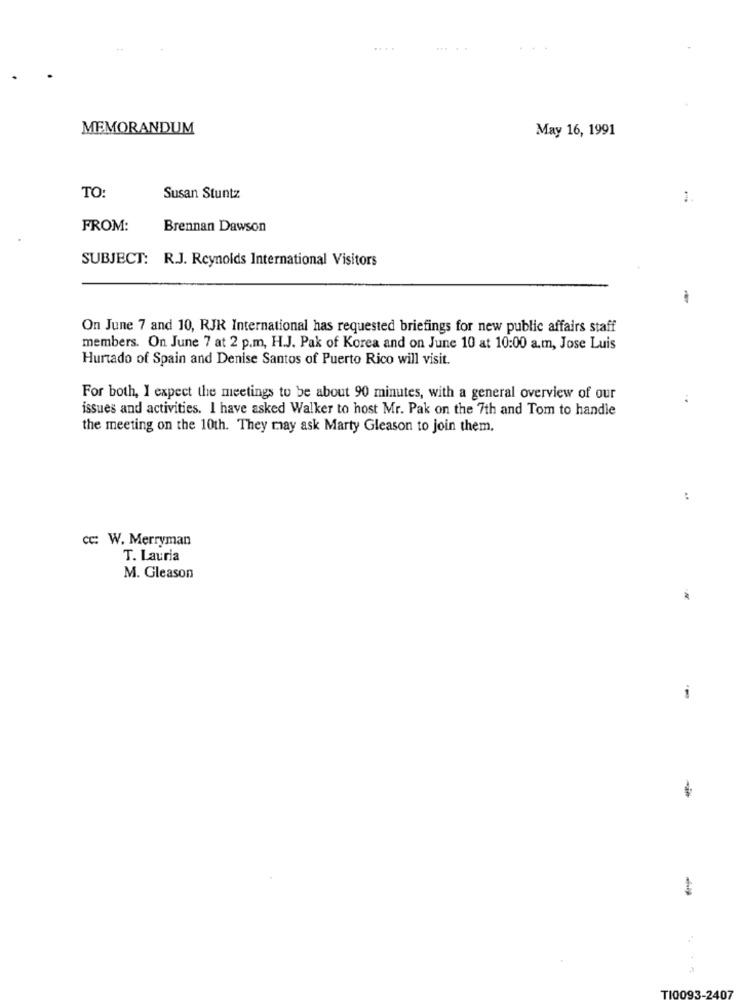
MEMORANDUM
May 16, 1991
TO:
Susan Stuntz
FROM:
Brennan Dawson
SUBJECT: R.J. Reynolds International Visitors
-
On June 7 and 10, RJK International has requested briefings for new public affairs staff
members. On June 7 at 2 p.m, H.J. Pak of Korea and on June 10 at 10:00 a.m, Jose Luis
Hurtado of Spain and Denise Santos of Puerto Rico will visit.
For both, I expect the meetings to be about 90 minutes, with a general overview of our
..
issues and activities. I have asked Walker to host Mr. Pak on the 7th and Tom to handle
the meeting on the 10th. They may ask Marty Gleason to join them,
cc: W. Merryman
T. Lauria
M. Gleason
-
....
TIOOS